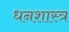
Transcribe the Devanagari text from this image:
धनशास्त्र